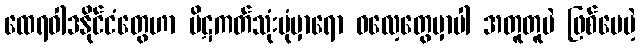
ထေရဝါဒနိုင်ငံတွေဟာ ပိဋကတ်သုံးပုံမှာရော ဓလေ့တွေမှာပါ အတူတူပဲ ဖြစ်ပေမဲ့